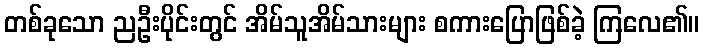
တစ်ခုသော ညဦးပိုင်းတွင် အိမ်သူအိမ်သားများ စကားပြောဖြစ်ခဲ့ ကြလေ၏။